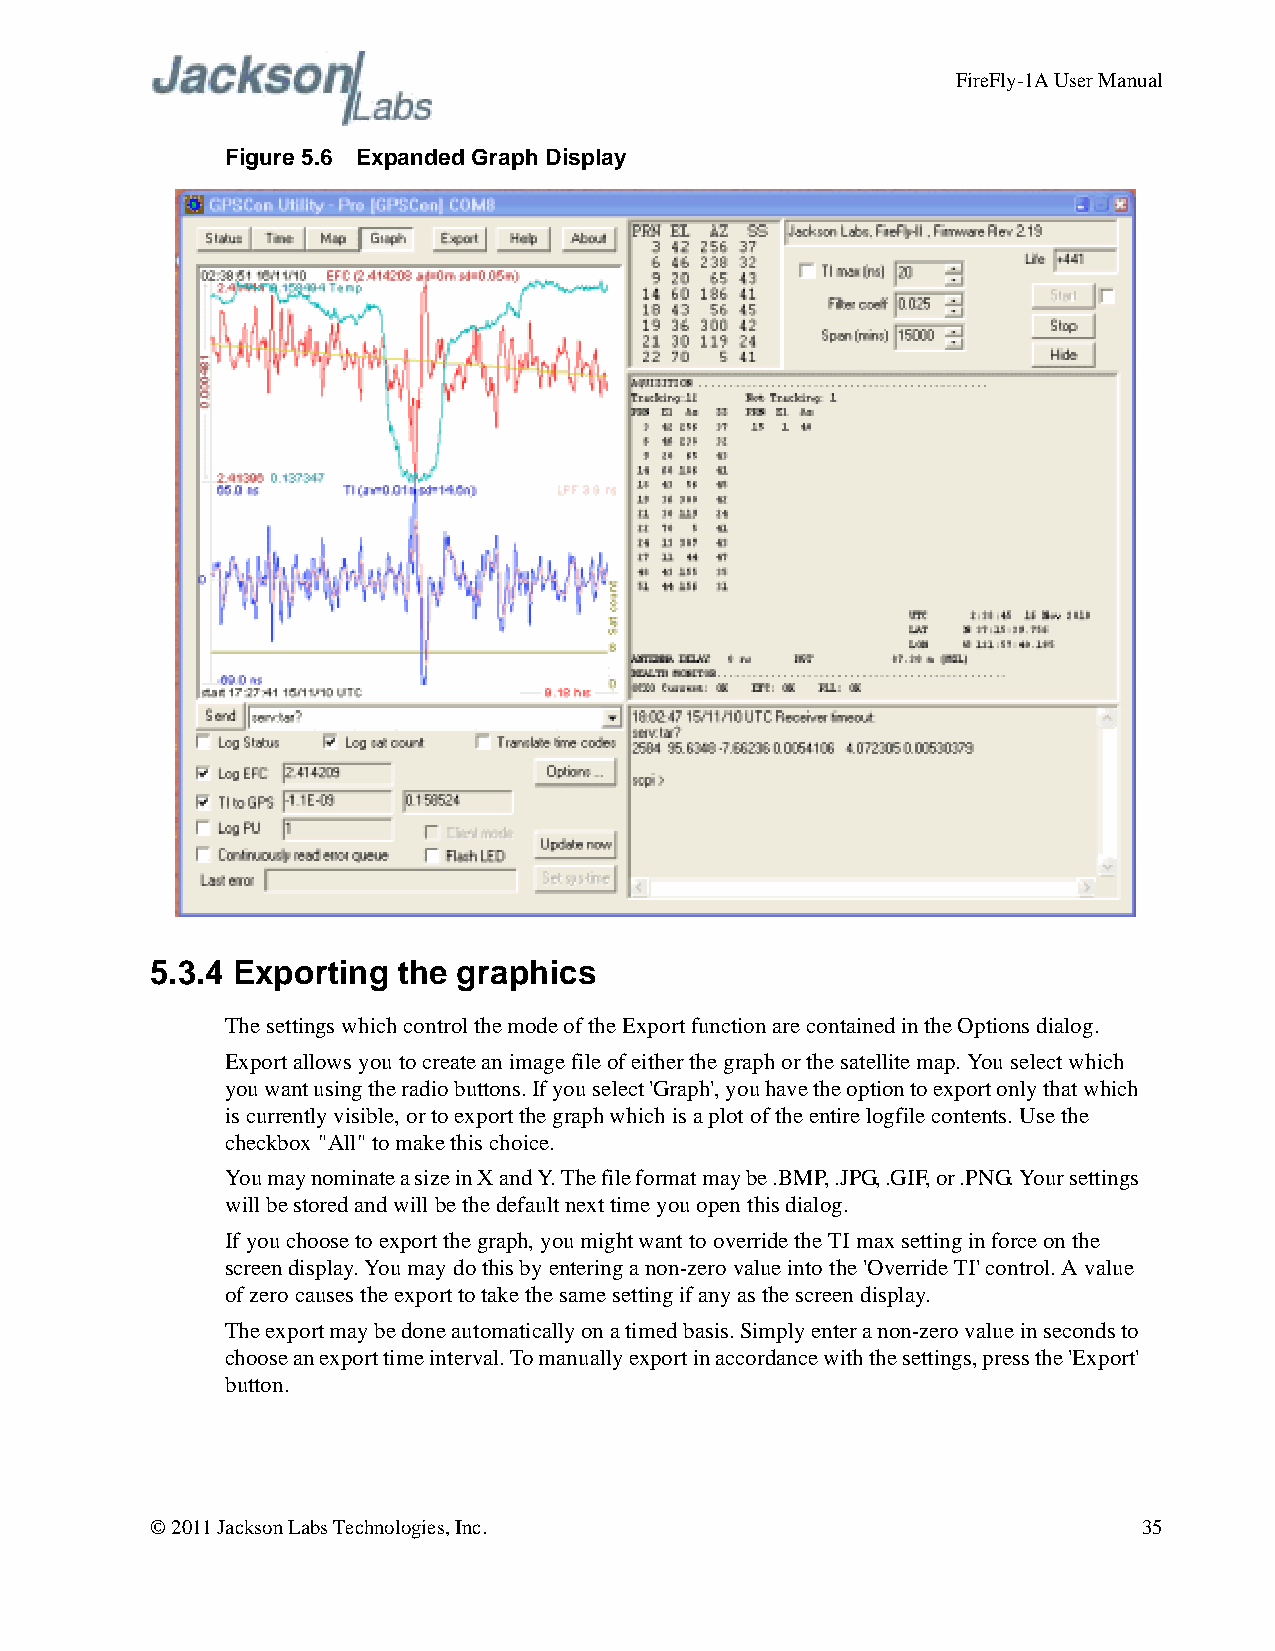
FireFly-1A User Manual
 Figure 5.6 Expanded Graph Display
 5.3.4 Exporting the graphics
 The settings which control the mode of the Export function are contained in the Options dialog.
 Export allows you to create an image file of either the graph or the satellite map. You select which
 you want using the radio buttons. If you select 'Graph', you have the option to export only that which
 is currently visible, or to export the graph which is a plot of the entire logfile contents. Use the
 checkbox "All" to make this choice.
 You may nominate a size in X and Y. The file format may be .BMP, .JPG, .GIF, or .PNG. Your settings
 will be stored and will be the default next time you open this dialog.
 If you choose to export the graph, you might want to override the TI max setting in force on the
 screen display. You may do this by entering a non-zero value into the 'Override TI' control. A value
 of zero causes the export to take the same setting if any as the screen display.
 The export may be done automatically on a timed basis. Simply enter a non-zero value in seconds to
 choose an export time interval. To manually export in accordance with the settings, press the 'Export'
 button.
 © 2011 Jackson Labs Technologies, Inc.                            35